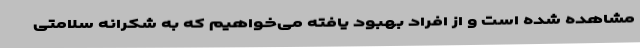
مشاهده شده است و از افراد بهبود یافته می‌خواهیم که به شکرانه سلامتی